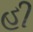
હી